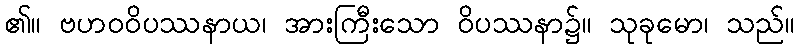
၏။ ဗဟဝဝိပဿနာယ၊ အားကြီးသော ဝိပဿနာ၌။ သုခုမော၊ သည်။